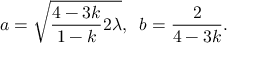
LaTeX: a = \sqrt { \frac { 4 - 3 k } { 1 - k } 2 \lambda } , \; \; b = \frac { 2 } { 4 - 3 k } .